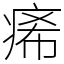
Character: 㾙